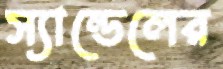
স্যান্ডেলের